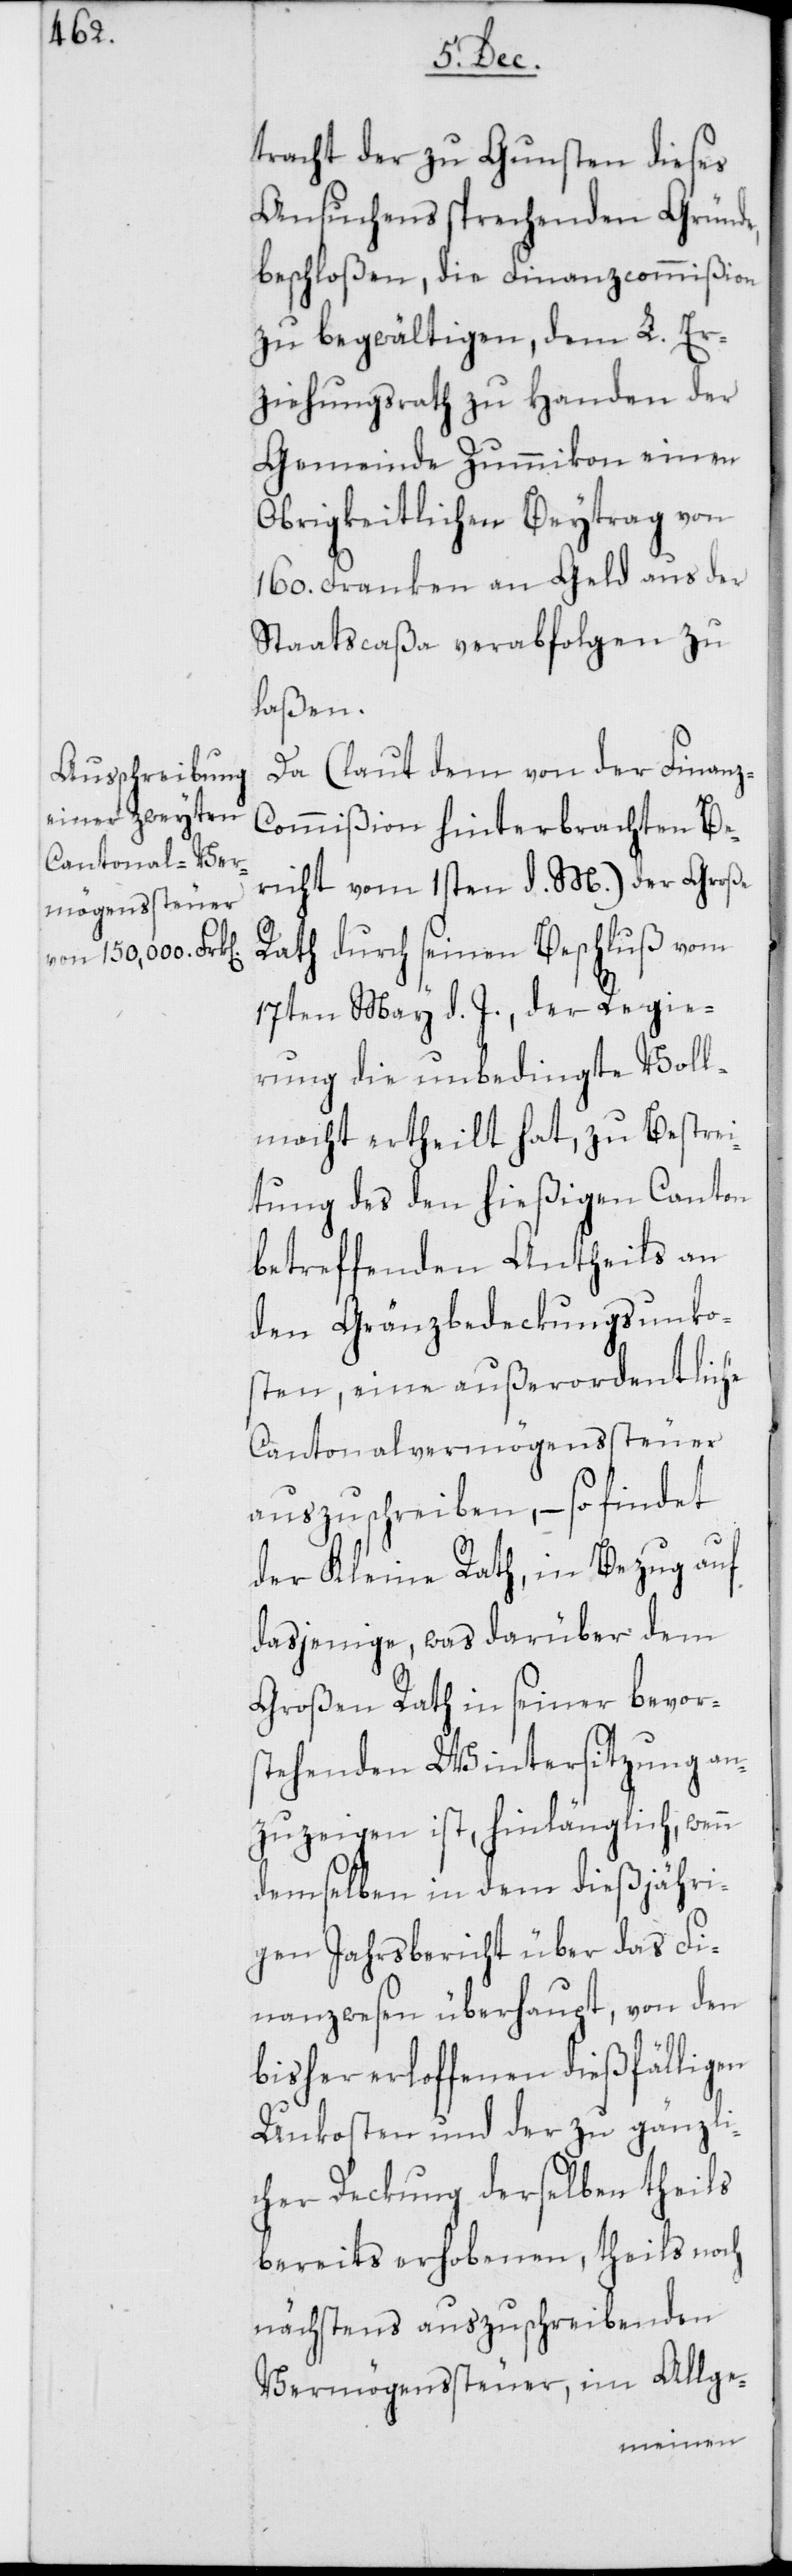
tracht der zu Gunsten dieses
Ansuchens sprechenden Gründe,
beschloßen, die Finanzcommißion
zu begwältigen, dem L. Er¬
ziehungsrath zu Handen der
Gemeinde Zummikon einen
Obrigkeitlichen Beytrag von
160. Franken an Geld aus der
Staatscaßa verabfolgen zu
laßen.
Da (laut dem von der Finanz-C¬
ommißion hinterbrachten Be¬
richt vom 1sten d. M.) der Große
Rath durch seinen Beschluß vom
17ten May d. J., der Regie¬
rung die unbedingte Voll¬
macht ertheilt hat, zu Bestrei¬
tung des den hießigen Canton
betreffenden Antheils an
den Gränzbedeckungsunko¬
sten, eine außerordentliche
Cantonalvermögenssteuer
auszuschreiben, – so findet
der Kleine Rath, in Bezug auf
dasjenige, was darüber dem
Großen Rath in seiner bevor¬
stehenden Wintersitzung an¬
zuzeigen ist, hinlänglich, wenn
demselben in dem dießjähri¬
gen Jahrsbericht über das Fi¬
nanzwesen überhaupt, von den
bisher erloffenen dießfälligen
Unkosten und der zu gänzli¬
cher Deckung derselben theils
bereits erhobenen, theils noch
nächstens auszuschreibenden
Vermögenssteuer, im Allge-